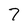
Character: 7